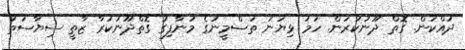
ދައްކަން. ގޮތް ދޫނުކުރަން. ހަމަ ޅިޔަނު ތަސްމީނުގެ މުނާފިގު ގޮތްދޫނުކުރާ ޒާތީ ސިޔާސަތު